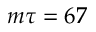
m \tau = 6 7